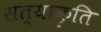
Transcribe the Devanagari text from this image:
सत्याकृति